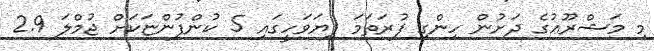
މި މަޝްރޫޢުގެ ދަށުން ހިންގި ފުރަތަމަ ފިޔަވަހީގައި 5 ކުންފުންޏަކަށް ޖުމްލަ 2.9